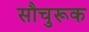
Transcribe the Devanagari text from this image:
सौचुरूक